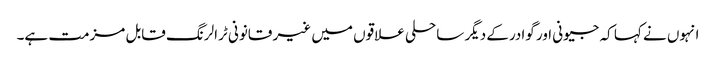
انہوں نے کہا کہ جیونی اور گوادرکے دیگر ساحلی علاقوں میں غیر قانونی ٹرالرنگ قابل مزمت ہے۔